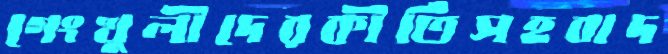
গেংখুলীদেরকীর্তিসহবাদ